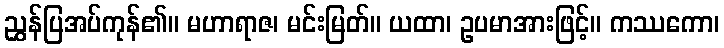
ညွှန်ပြအပ်ကုန်၏။ မဟာရာဇ၊ မင်းမြတ်။ ယထာ၊ ဥပမာအားဖြင့်။ ကဿကော၊